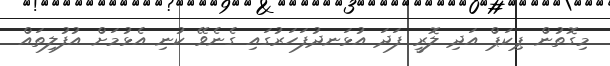
މިގޮތުން ޕިކަޕް އަދި ލޮރީ ފަދަ އުޅަނދުފަހަރުގައި ގެނެވޭ ކުނި އެޅުމަށް އުފުލިތައް